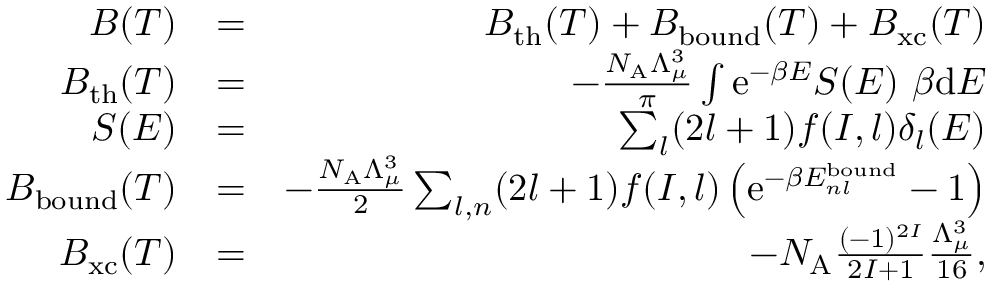
\begin{array} { r l r } { B ( T ) } & { = } & { B _ { \mathrm { t h } } ( T ) + B _ { \mathrm { b o u n d } } ( T ) + B _ { \mathrm { x c } } ( T ) } \\ { B _ { \mathrm { t h } } ( T ) } & { = } & { - \frac { N _ { \mathrm { A } } \Lambda _ { \mu } ^ { 3 } } { \pi } \int \mathrm { e } ^ { - \beta E } S ( E ) ~ \beta \mathrm { d } E } \\ { S ( E ) } & { = } & { \sum _ { l } ( 2 l + 1 ) f ( I , l ) \delta _ { l } ( E ) } \\ { B _ { \mathrm { b o u n d } } ( T ) } & { = } & { - \frac { N _ { \mathrm { A } } \Lambda _ { \mu } ^ { 3 } } { 2 } \sum _ { l , n } ( 2 l + 1 ) f ( I , l ) \left( \mathrm { e } ^ { - \beta E _ { n l } ^ { \mathrm { b o u n d } } } - 1 \right) } \\ { B _ { \mathrm { x c } } ( T ) } & { = } & { - N _ { \mathrm { A } } \frac { ( - 1 ) ^ { 2 I } } { 2 I + 1 } \frac { \Lambda _ { \mu } ^ { 3 } } { 1 6 } , } \end{array}